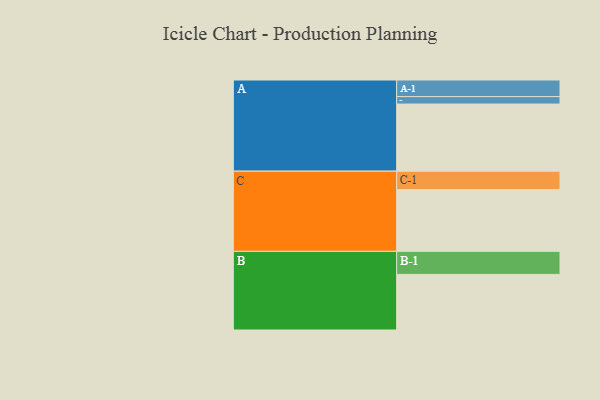
{"axis": {"x": "Segment", "y": "Value"}, "legend": ["", "A", "B", "C"], "data": [{"x": "A", "y": 594, "type": ""}, {"x": "B", "y": 492, "type": ""}, {"x": "C", "y": 547, "type": ""}, {"x": "A-1", "y": 147, "type": "A"}, {"x": "A-2", "y": 66, "type": "A"}, {"x": "B-1", "y": 204, "type": "B"}, {"x": "C-1", "y": 163, "type": "C"}]}